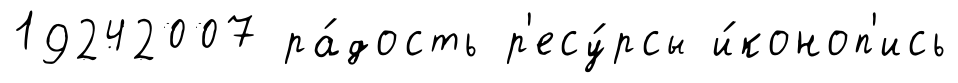
19242007 ра́дость р'есу́рсы и́коноп'ись